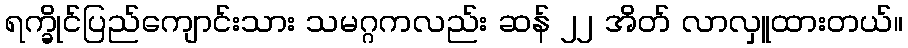
ရက္ခိုင်ပြည်ကျောင်းသား သမဂ္ဂကလည်း ဆန် ၂၂ အိတ် လာလှူထားတယ်။